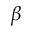
\beta